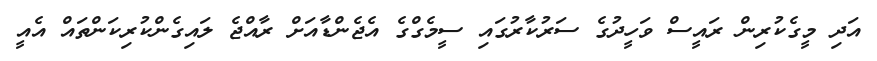
އަދި މީގެކުރިން ރައީސް ވަހީދުގެ ސަރުކާރުގައި ސީމެގްގެ އެޖެންޑާއަށް ރާއްޖެ ލައިގެންކުރިކަންތައް އެއީ